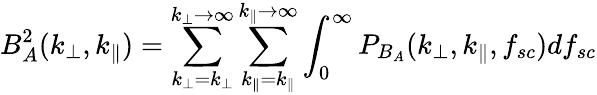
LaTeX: B_{A}^{2}(k_{\perp},k_{\parallel})=\sum_{k_{\perp}=k_{\perp}}^{k_{\perp}\rightarrow\infty}\sum_{k_{\parallel}=k_{\parallel}}^{k_{\parallel}\rightarrow\infty}\int_{0}^{\infty}P_{B_{A}}(k_{\perp},k_{\parallel},f_{sc})df_{sc}